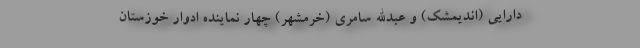
دارایی (اندیمشک) و عبدالله سامری (خرمشهر) چهار نماینده ادوار خوزستان